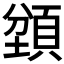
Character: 𬱇